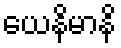
ယေနိမာနိ